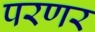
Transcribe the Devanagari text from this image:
परणर